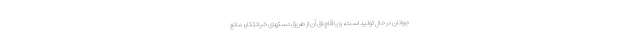
جوانان در حال تولید است، و یا قاچاق آن از طریق دستهای خیانتکار، مانع